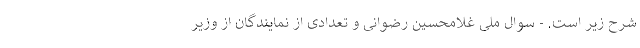
شرح زیر است. - سوال ملی غلامحسین رضوانی و تعدادی از نمایندگان از وزیر